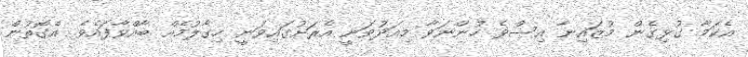
އެކަމާ ގުޅިގެން މުޒައިނާ އިސްވެ ހުންނަވާ މިއަދުވަނީ އެރަށުގައިވަނީ ހިގާލުމެއް ބާއްވާފައެވެ. އެގޮތުން